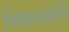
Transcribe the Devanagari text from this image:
भिकनाठोरी